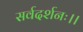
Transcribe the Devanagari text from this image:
सर्वदर्शनः।।